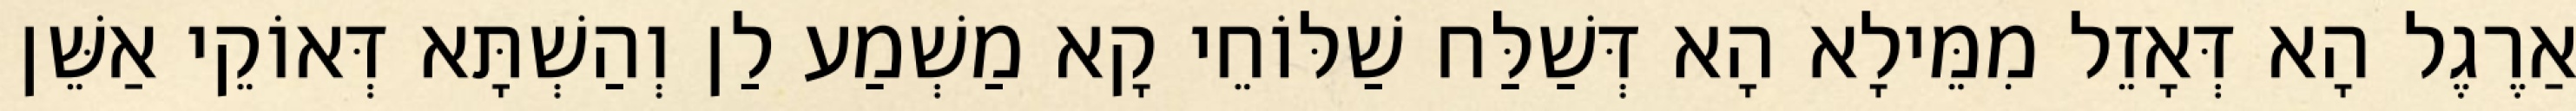
אַרֶגֶל הָא דְּאָזֵל מִמֵּילָא הָא דְּשַׁלַּח שַׁלּוֹחֵי קָא מַשְׁמַע לַן וְהַשְׁתָּא דְּאוֹקֵי אַשֵּׁן